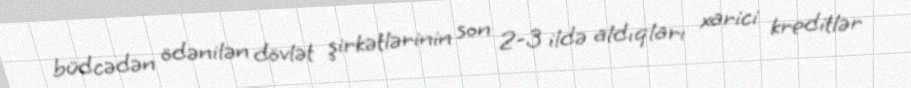
büdcədən ödənilən dövlət şirkətlərinin son 2-3 ildə aldıqları xarici kreditlər